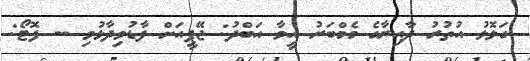
ގަލޮޅު އުތުރު ދާއިރާގެ މެމްބަރު އީވާ އަބްދު: ޖޭޕީއަށް ފާޑުވިދާޅުވި -- ފޮޓޯ: